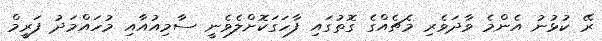
ރޭ ކުޅުނު އެންމެ ވާދަވެރި މެޗެއްގެ ގޮތުގައި ފާހަގަކޮށްލެވެނީ ސާމިއުއާއި މުހައްމަދު ފަރީމް